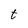
Character: t